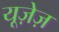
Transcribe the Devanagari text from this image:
यूज़ेज़